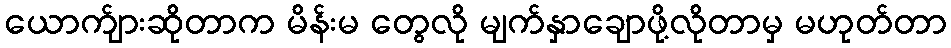
ယောက်ျားဆိုတာက မိန်းမ တွေလို မျက်နှာချောဖို့လိုတာမှ မဟုတ်တာ